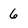
Character: 6